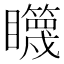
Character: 𰦋